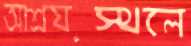
আশ্রয়স্থলে